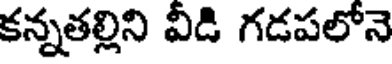
కన్నతల్లిని వీడి గడపలోనె